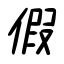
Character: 假